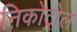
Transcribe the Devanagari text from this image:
निकोट्रोल